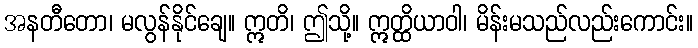
အနတီတော၊ မလွန်နိုင်ချေ။ ဣတိ၊ ဤသို့။ ဣတ္ထိယာဝါ၊ မိန်းမသည်လည်းကောင်း။